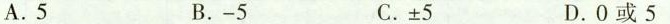
A.5 B.-5 C.\pm5 D.0或5